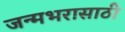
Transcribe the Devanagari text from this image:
जन्मभरासाठी